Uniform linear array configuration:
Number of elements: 24
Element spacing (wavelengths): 0.75
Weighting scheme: binomial
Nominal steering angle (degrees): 15
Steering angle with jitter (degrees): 16.174
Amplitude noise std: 0.05
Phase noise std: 0.05

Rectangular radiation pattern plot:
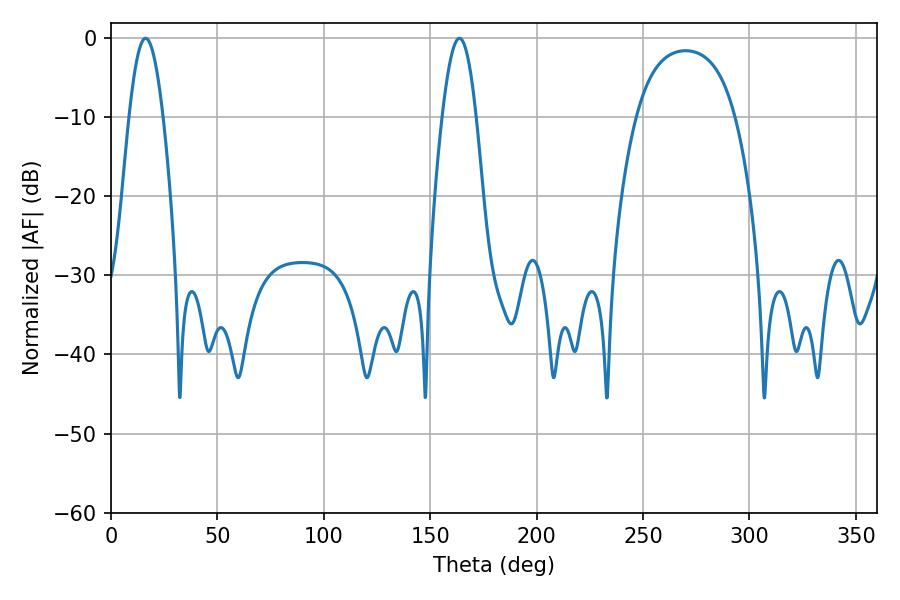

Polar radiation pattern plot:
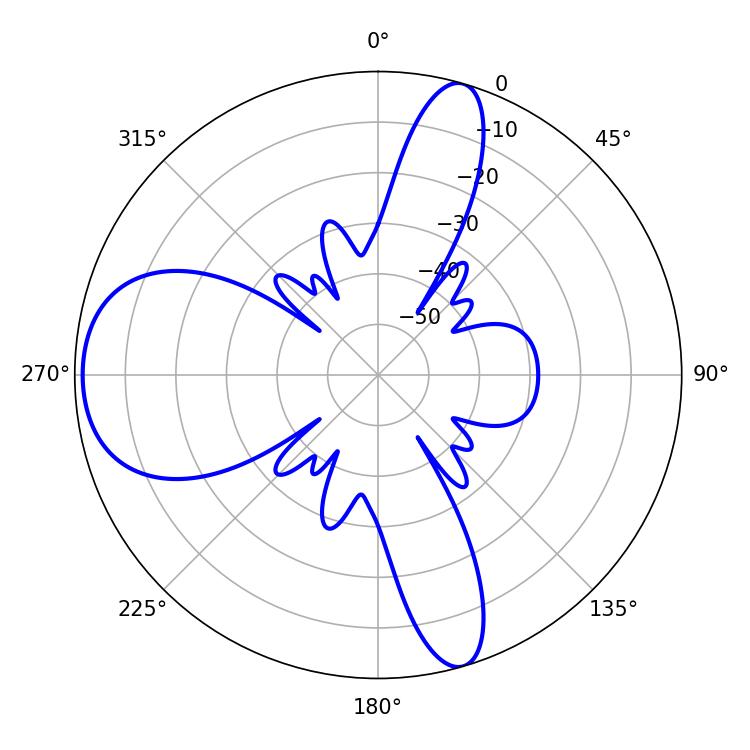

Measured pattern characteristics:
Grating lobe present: TRUE
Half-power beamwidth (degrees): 8.64
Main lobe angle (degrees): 163.8